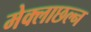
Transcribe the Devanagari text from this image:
मेक्लाछल्न